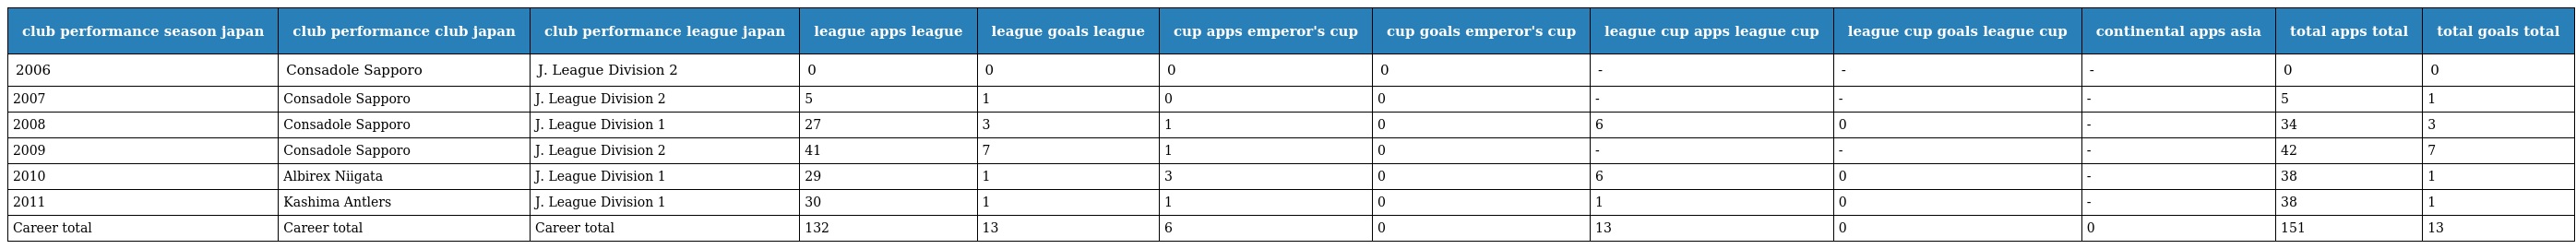
| club performance season japan | club performance club japan | club performance league japan | league apps league | league goals league | cup apps emperor's cup | cup goals emperor's cup | league cup apps league cup | league cup goals league cup | continental apps asia | total apps total | total goals total |
 | --- | --- | --- | --- | --- | --- | --- | --- | --- | --- | --- | --- |
 | 2006 | Consadole Sapporo | J. League Division 2 | 0 | 0 | 0 | 0 | - | - | - | 0 | 0 |
 | 2007 | Consadole Sapporo | J. League Division 2 | 5 | 1 | 0 | 0 | - | - | - | 5 | 1 |
 | 2008 | Consadole Sapporo | J. League Division 1 | 27 | 3 | 1 | 0 | 6 | 0 | - | 34 | 3 |
 | 2009 | Consadole Sapporo | J. League Division 2 | 41 | 7 | 1 | 0 | - | - | - | 42 | 7 |
 | 2010 | Albirex Niigata | J. League Division 1 | 29 | 1 | 3 | 0 | 6 | 0 | - | 38 | 1 |
 | 2011 | Kashima Antlers | J. League Division 1 | 30 | 1 | 1 | 0 | 1 | 0 | - | 38 | 1 |
 | Career total | Career total | Career total | 132 | 13 | 6 | 0 | 13 | 0 | 0 | 151 | 13 |